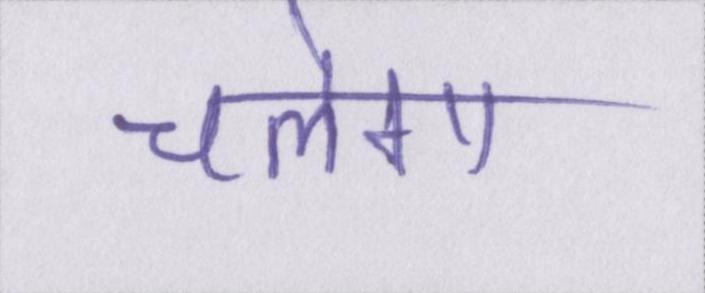
चलेगा